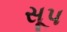
સૂપ